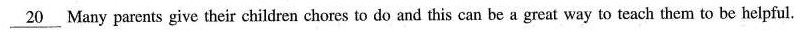
\underline{20} Many parents give their children chores to do and this can be a great way to teach them to be helpful.